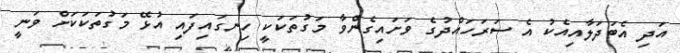
އަދި އެބަދަލާއިއެކު އެ ސަރަހައްދުގެ ވަށައިގެންވާ މަގުތަކަކީ ހިނގައިފައި އުޅޭ މަގުތަކަކަށް ވަނީ